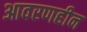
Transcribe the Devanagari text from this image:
आवरणहीन